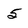
Character: 5